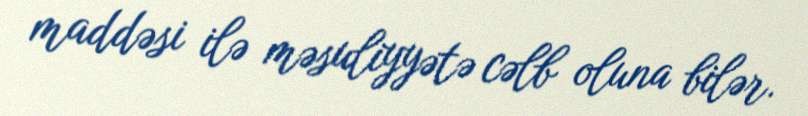
maddəsi ilə məsuliyyətə cəlb oluna bilər.